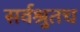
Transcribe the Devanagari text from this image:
सर्वश्रुतच